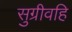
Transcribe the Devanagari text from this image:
सुग्रीवहि